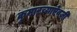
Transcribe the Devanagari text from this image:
कुमारच्याऐवजी